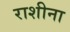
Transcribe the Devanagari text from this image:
राशीना